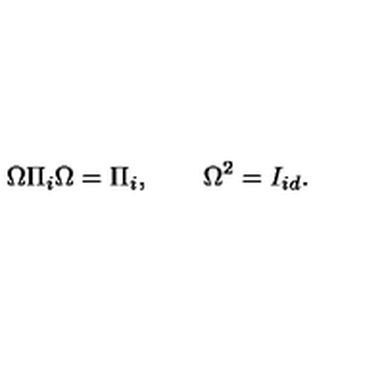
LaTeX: \Omega \Pi _ { i } \Omega = \Pi _ { i } , \qquad \Omega ^ { 2 } = I _ { i d } .